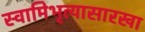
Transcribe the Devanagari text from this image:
स्वामिभृत्यासारखा